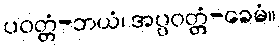
ပဝတ္တံ-ဘယံ၊ အပ္ပဝတ္တံ-ခေမံ။